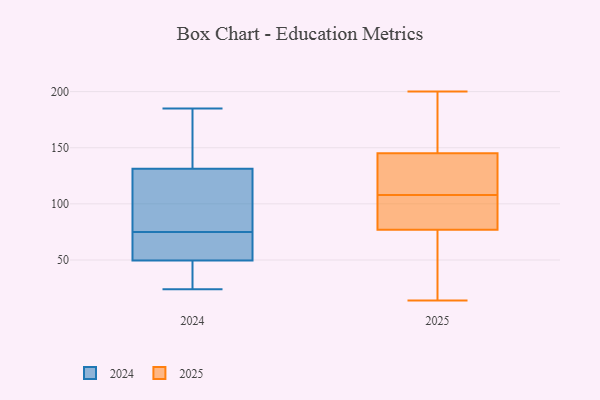
{"axis": {"x": "Market Share (%)", "y": "Value"}, "legend": ["2024", "2025"], "data": [{"x": "", "y": 44, "type": "2024"}, {"x": "", "y": 75, "type": "2024"}, {"x": "", "y": 50, "type": "2024"}, {"x": "", "y": 185, "type": "2024"}, {"x": "", "y": 110, "type": "2024"}, {"x": "", "y": 135, "type": "2024"}, {"x": "", "y": 30, "type": "2024"}, {"x": "", "y": 24, "type": "2024"}, {"x": "", "y": 130, "type": "2024"}, {"x": "", "y": 82, "type": "2024"}, {"x": "", "y": 50, "type": "2024"}, {"x": "", "y": 64, "type": "2024"}, {"x": "", "y": 109, "type": "2024"}, {"x": "", "y": 48, "type": "2024"}, {"x": "", "y": 168, "type": "2024"}, {"x": "", "y": 164, "type": "2024"}, {"x": "", "y": 65, "type": "2024"}, {"x": "", "y": 151, "type": "2025"}, {"x": "", "y": 200, "type": "2025"}, {"x": "", "y": 131, "type": "2025"}, {"x": "", "y": 104, "type": "2025"}, {"x": "", "y": 52, "type": "2025"}, {"x": "", "y": 112, "type": "2025"}, {"x": "", "y": 95, "type": "2025"}, {"x": "", "y": 145, "type": "2025"}, {"x": "", "y": 145, "type": "2025"}, {"x": "", "y": 77, "type": "2025"}, {"x": "", "y": 132, "type": "2025"}, {"x": "", "y": 25, "type": "2025"}, {"x": "", "y": 78, "type": "2025"}, {"x": "", "y": 14, "type": "2025"}]}